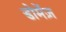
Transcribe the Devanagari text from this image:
डोमेंज़